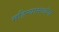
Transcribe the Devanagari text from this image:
महिन्यामध्येच